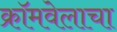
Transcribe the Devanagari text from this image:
क्रॉमवेलाचा